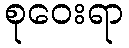
စုဝေးရာ